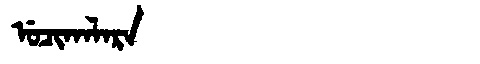
Manchu: ᡠᠴᡳᡴᠠᠯᠠᡵᠠ
Romanization: UCIKALARA